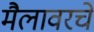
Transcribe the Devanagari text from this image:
मैलावरचे